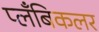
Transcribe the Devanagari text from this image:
प्लँबिकलर